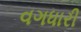
વગધારી